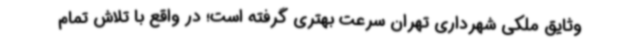
وثایق ملکی شهرداری تهران سرعت بهتری گرفته است؛ در واقع با تلاش تمام